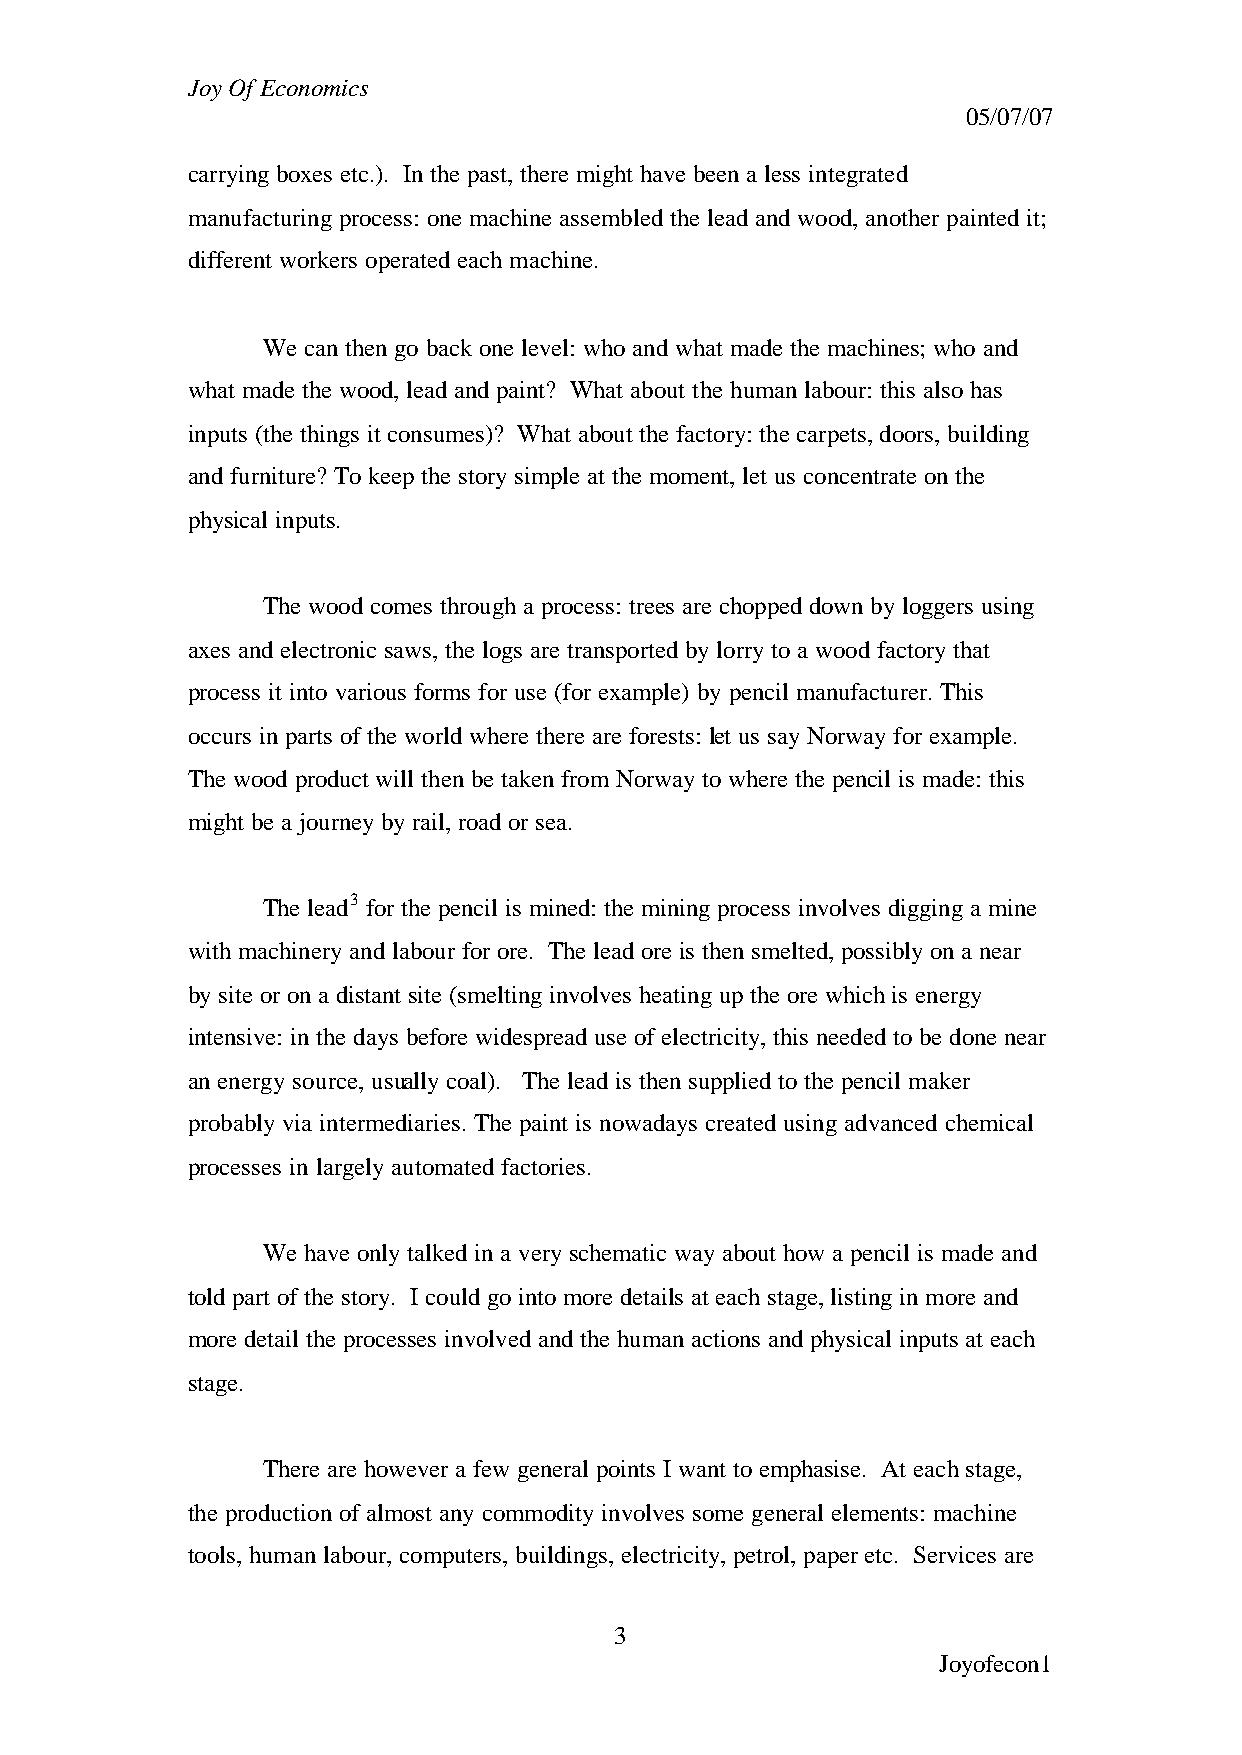
Joy Of Economics
 05/07/07
 carrying boxes etc.). In the past, there might have been a less integrated
 manufacturing process: one machine assembled the lead and wood, another painted it;
 different workers operated each machine.
 We can then go back one level: who and what made the machines; who and
 what made the wood, lead and paint? What about the human labour: this also has
 inputs (the things it consumes)? What about the factory: the carpets, doors, building
 and furniture? To keep the story simple at the moment, let us concentrate on the
 physical inputs.
 The wood comes through a process: trees are chopped down by loggers using
 axes and electronic saws, the logs are transported by lorry to a wood factory that
 process it into various forms for use (for example) by pencil manufacturer. This
 occurs in parts of the world where there are forests: let us say Norway for example.
 The wood product will then be taken from Norway to where the pencil is made: this
 might be a journey by rail, road or sea.
 The lead3 for the pencil is mined: the mining process involves digging a mine
 with machinery and labour for ore. The lead ore is then smelted, possibly on a near
 by site or on a distant site (smelting involves heating up the ore which is energy
 intensive: in the days before widespread use of electricity, this needed to be done near
 an energy source, usually coal). The lead is then supplied to the pencil maker
 probably via intermediaries. The paint is nowadays created using advanced chemical
 processes in largely automated factories.
 We have only talked in a very schematic way about how a pencil is made and
 told part of the story. I could go into more details at each stage, listing in more and
 more detail the processes involved and the human actions and physical inputs at each
 stage.
 There are however a few general points I want to emphasise. At each stage,
 the production of almost any commodity involves some general elements: machine
 tools, human labour, computers, buildings, electricity, petrol, paper etc. Services are
 3
 Joyofecon1